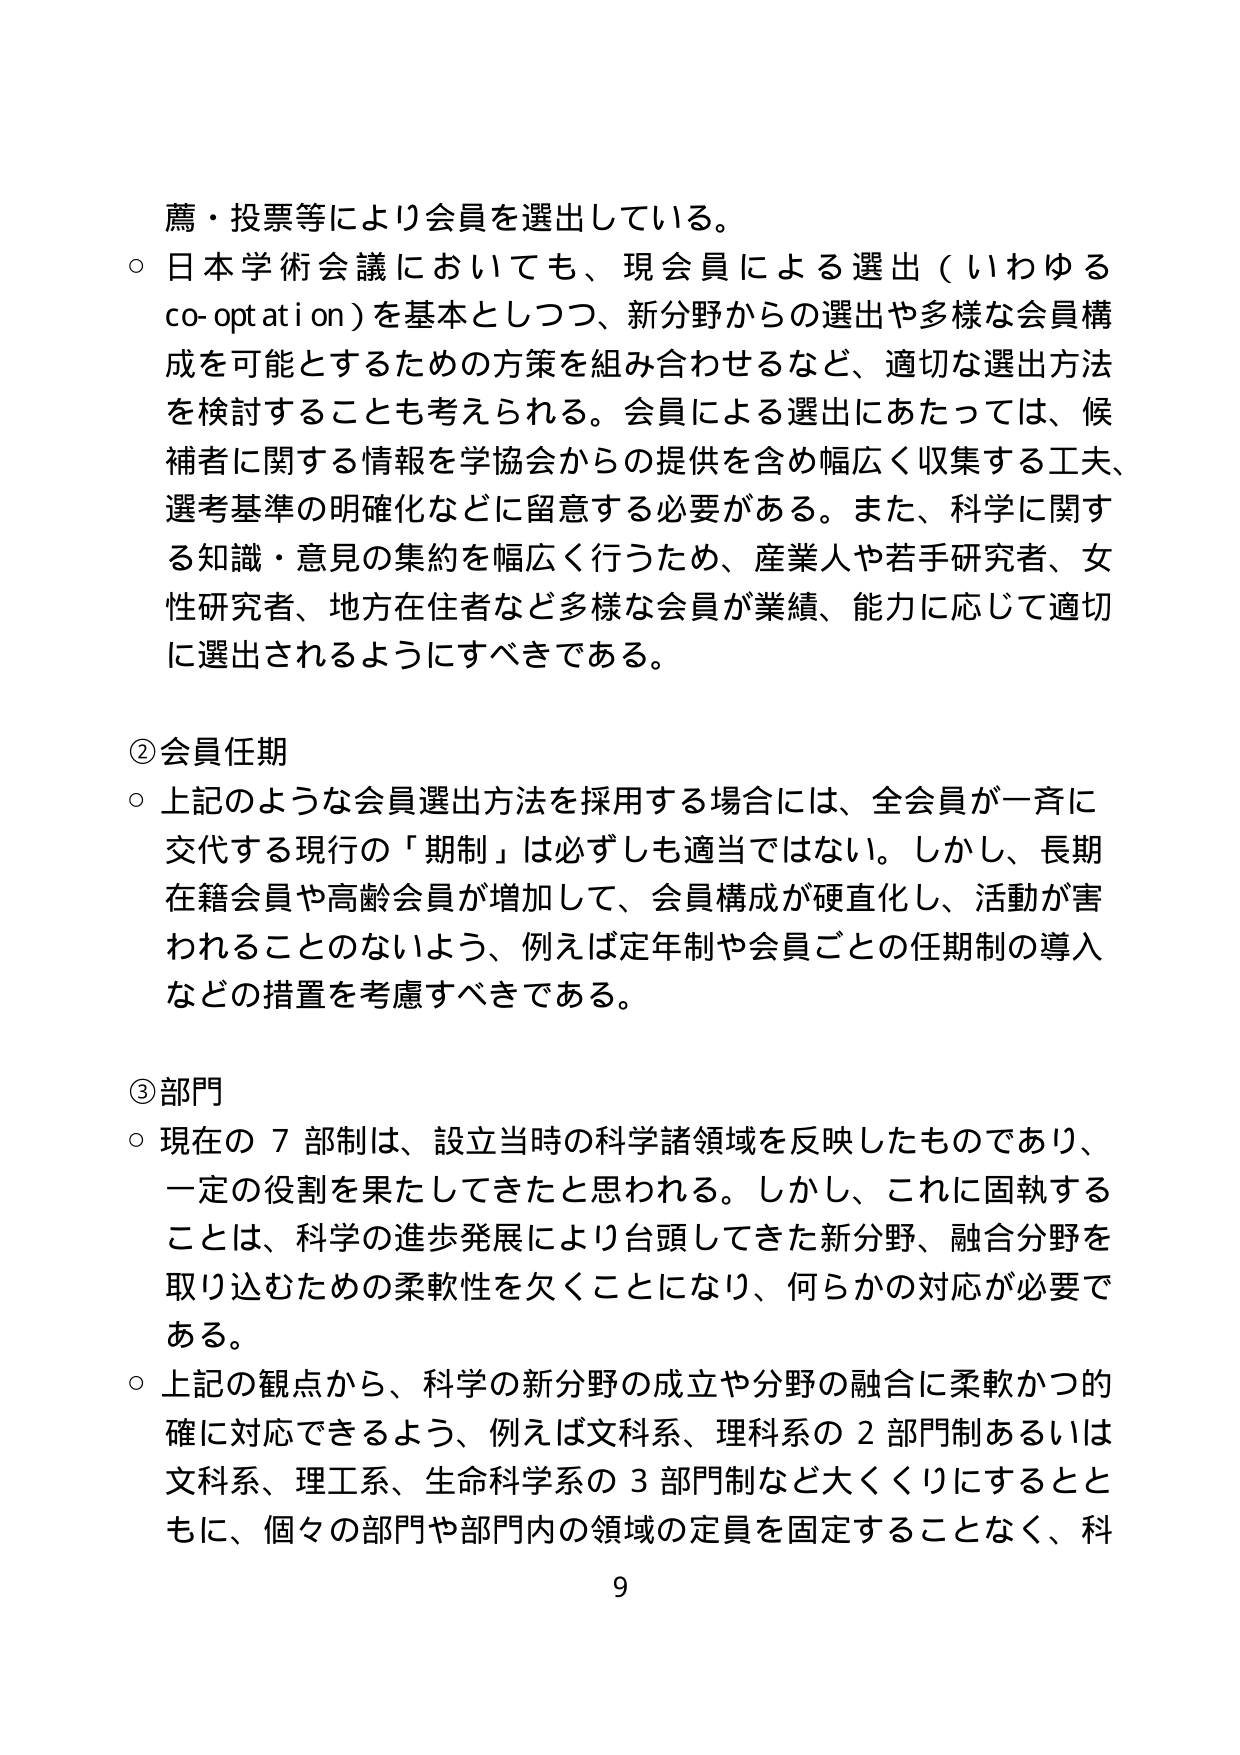
薦・投票等により会員を選出している。

○ 日本学術会議においても、現会員による選出（いわゆる co-optation）を基本としつつ、新分野からの選出や多様な会員構成を可能とするための方策を組み合わせるなど、適切な選出方法を検討することも考えられる。会員による選出にあたっては、候補者に関する情報を学協会からの提供を含め幅広く収集する工夫、選考基準の明確化などに留意する必要がある。また、科学に関する知識・意見の集約を幅広く行うため、産業人や若手研究者、女性研究者、地方在住者など多様な会員が業績、能力に応じて適切に選出されるようにすべきである。

② 会員任期

○ 上記のような会員選出方法を採用する場合には、全会員が一斉に交代する現行の「期制」は必ずしも適当ではない。しかし、長期在籍会員や高齢会員が増加して、会員構成が硬直化し、活動が害われることのないよう、例えば定年制や会員ごとの任期制の導入などの措置を考慮すべきである。

③ 部門

○ 現在の７部制は、設立当時の科学諸領域を反映したものであり、一定の役割を果たしてきたと思われる。しかし、これに固執することは、科学の進歩発展により台頭してきた新分野、融合分野を取り込むための柔軟性を欠くことになり、何らかの対応が必要である。

○ 上記の観点から、科学の新分野の成立や分野の融合に柔軟かつ的確に対応できるよう、例えば文科系、理科系の２部門制あるいは文科系、理工系、生命科学系の３部門制など大きくするともに、個々の部門や部門内の領域の定員を固定することなく、科

9